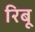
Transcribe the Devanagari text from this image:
रिबू